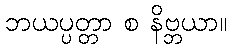
ဘယပ္ပတ္တာ စ နိဗ္ဘယာ။